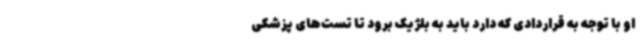
او با توجه به قراردادی که دارد باید به بلژیک برود تا تست‌های پزشکی